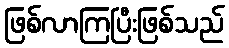
ဖြစ်လာကြပြီးဖြစ်သည်